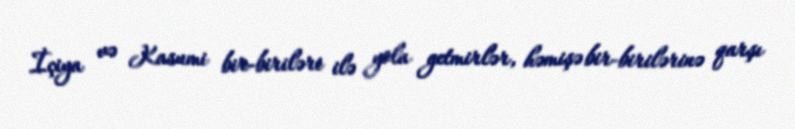
İçiya və Kasumi bir-biriləri ilə yola getmirlər, həmişə bir-birilərinə qarşı